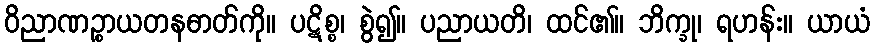
ဝိညာဏဉ္စာယတနဓာတ်ကို။ ပဋိစ္စ၊ စွဲ၍။ ပညာယတိ၊ ထင်၏။ ဘိက္ခု၊ ရဟန်း။ ယာယံ